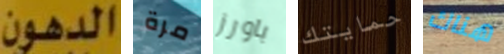
الدهون مرة باورز حمايتك هناك